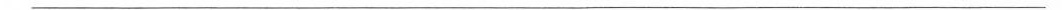
___